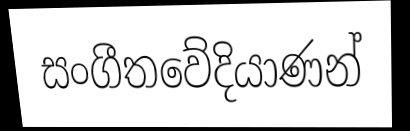
සංගීතවේදියාණන්